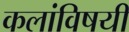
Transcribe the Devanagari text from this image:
कलांविषयी